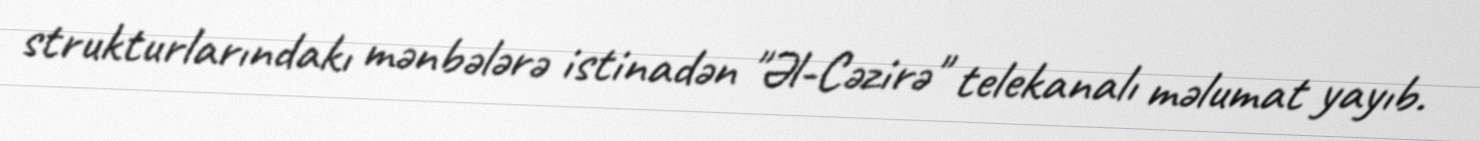
strukturlarındakı mənbələrə istinadən "Əl-Cəzirə" telekanalı məlumat yayıb.